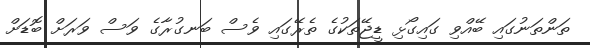
ތަންތަނުގައި ބޭއްވި ގައިގޯޅި ޑީޖޭތަކުގެ ތެރޭގައި ވެސް ބަނގުރާގެ ވަސް ވަރަށް ބޮޑަށް